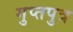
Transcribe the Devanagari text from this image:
गुप्तपुत्र